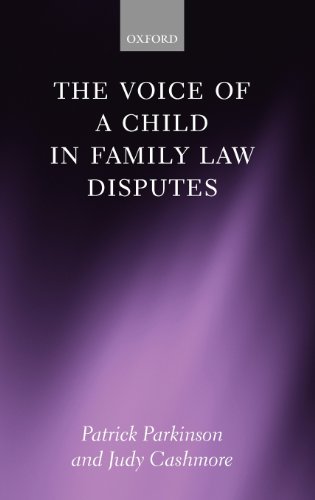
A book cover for The Voice of a Child in Family Law Disputes; Patrick Parkinson; Law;